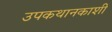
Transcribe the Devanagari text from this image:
उपकथानकाशी